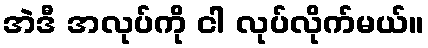
အဲဒီ အလုပ်ကို ငါ လုပ်လိုက်မယ်။